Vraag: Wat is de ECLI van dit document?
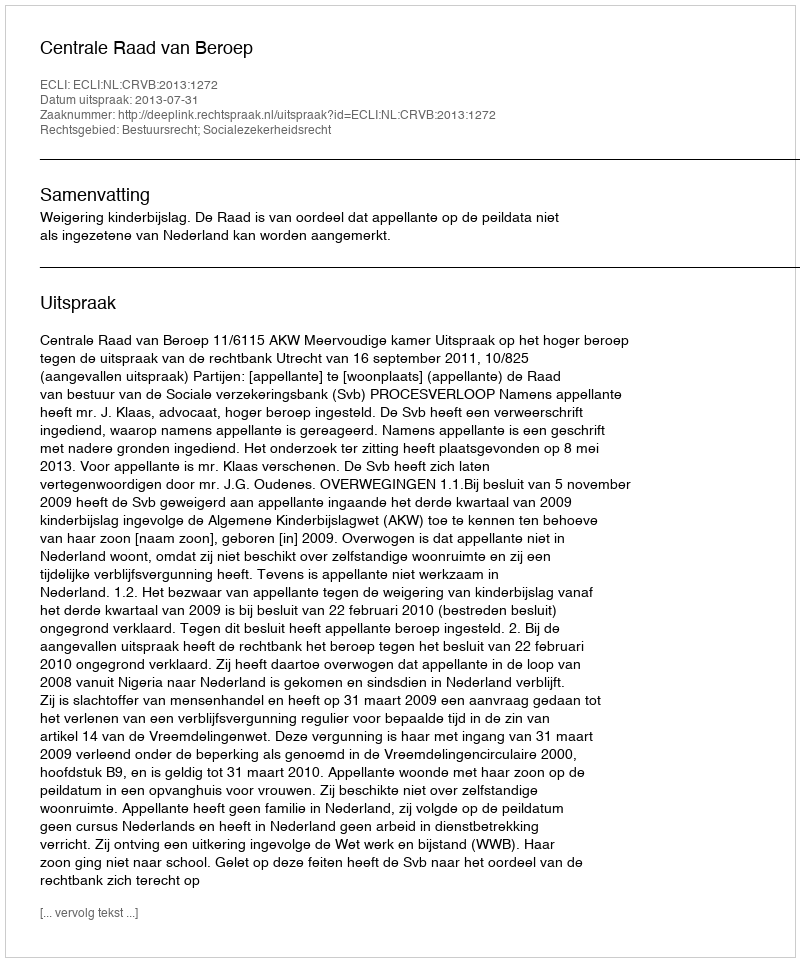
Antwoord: ECLI:NL:CRVB:2013:1272